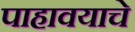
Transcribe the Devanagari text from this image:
पाहावयाचे